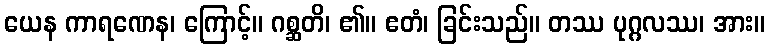
ယေန ကာရဏေန၊ ကြောင့်။ ဂစ္ဆတိ၊ ၏။ ဧတံ၊ ခြင်းသည်။ တဿ ပုဂ္ဂလဿ၊ အား။